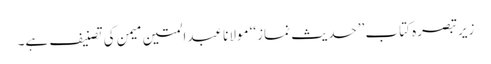
زیرتبصرہ کتاب ’’حدیث نماز‘‘ مولانا عبدالمتین میمن کی تصنیف ہے۔